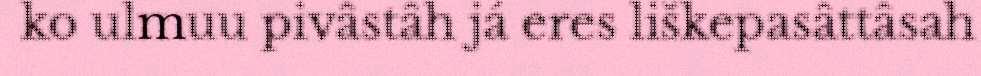
ko ulmuu pivâstâh já eres liškepasâttâsah